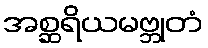
အစ္ဆရိယမဗ္ဘုတံ